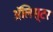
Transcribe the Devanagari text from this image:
अॅलिस्टर